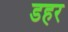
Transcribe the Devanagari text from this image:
डहर